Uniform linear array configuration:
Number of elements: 64
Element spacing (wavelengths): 0.75
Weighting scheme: hann
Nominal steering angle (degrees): -45
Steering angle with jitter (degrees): -44.842
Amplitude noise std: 0.05
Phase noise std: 0.05

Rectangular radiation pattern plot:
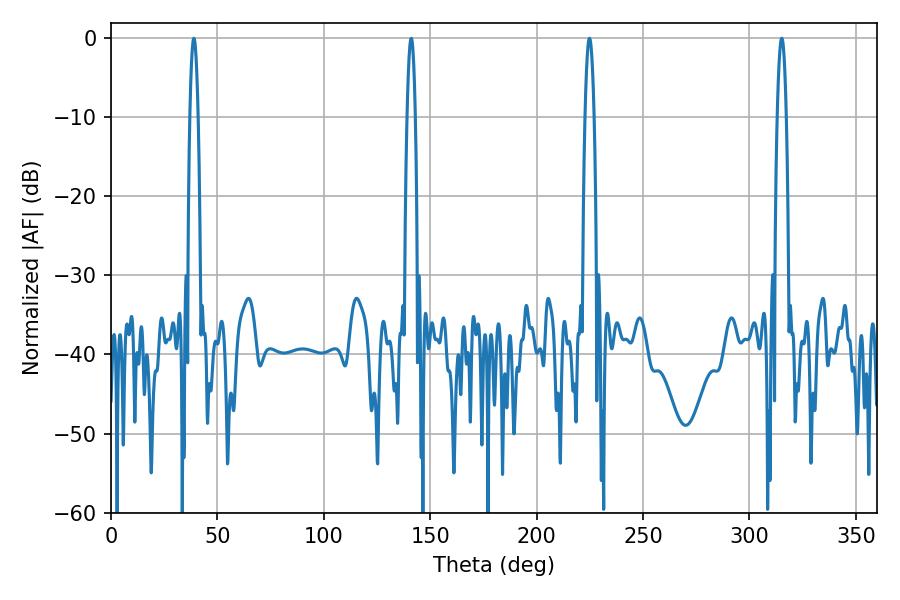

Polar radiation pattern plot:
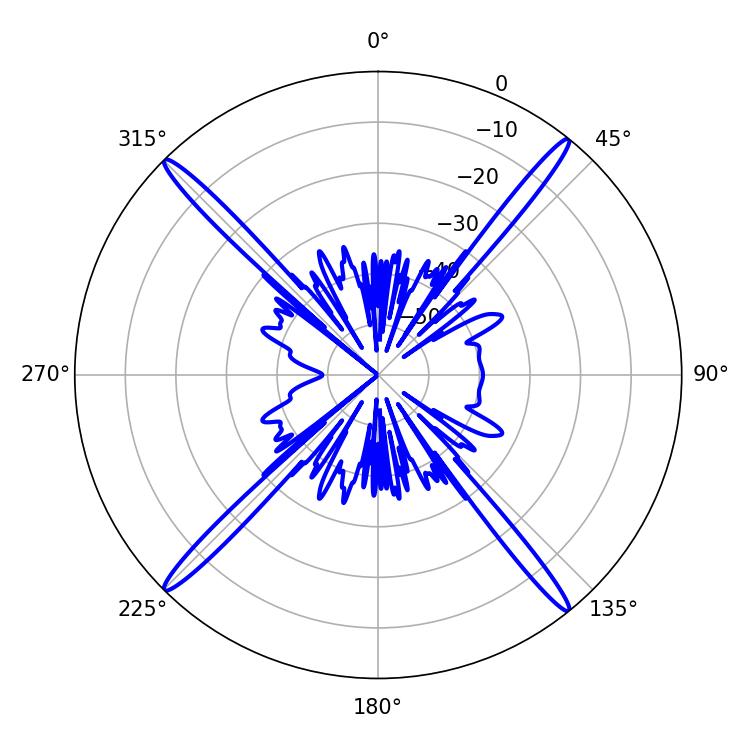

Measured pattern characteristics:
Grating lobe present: TRUE
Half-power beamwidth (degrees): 2.16
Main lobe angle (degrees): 224.82